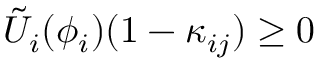
\tilde { U } _ { i } ( \phi _ { i } ) ( 1 - \kappa _ { i j } ) \geq 0